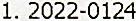
1. 2022-0124